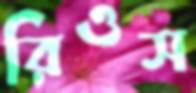
রিওস